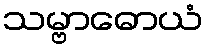
သမ္ဗာဓောယံ